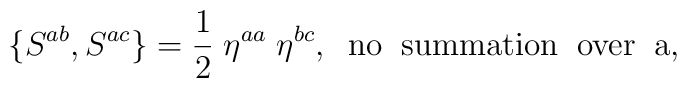
\{S^{ab}, S^{ac}\} = \frac{1}{2} \; \eta^{aa}\; \eta^{bc}, \;\;{\rm no\;\; summation\;\; over\;\; a},